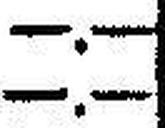
—.—